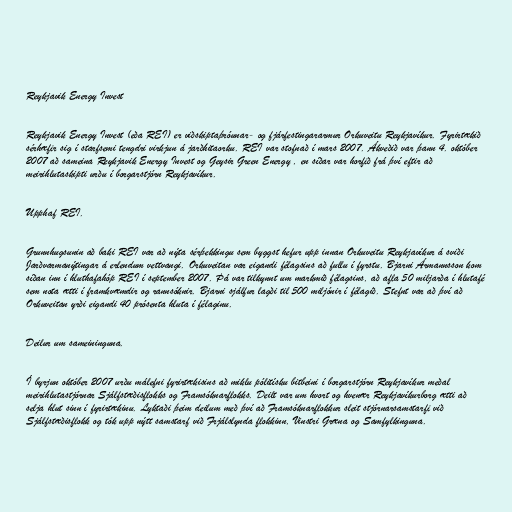
Reykjavik Energy Invest

Reykjavik Energy Invest (eða REI) er viðskiptaþróunar- og fjárfestingararmur Orkuveitu Reykjavíkur. Fyrirtækið
sérhæfir sig í starfsemi tengdri virkjun á jarðhitaorku. REI var stofnað í mars 2007. Ákveðið var þann 4. október
2007 að sameina Reykjavik Energy Invest og Geysir Green Energy , en síðar var horfið frá því eftir að
meirihlutaskipti urðu í borgarstjórn Reykjavíkur.

Upphaf REI.

Grunnhugsunin að baki REI var að nýta sérþekkingu sem byggst hefur upp innan Orkuveitu Reykjavíkur á sviði
Jarðvarmanýtingar á erlendum vettvangi. Orkuveitan var eigandi félagsins að fullu í fyrstu. Bjarni Ármannsson kom
síðan inn í hluthafahóp REI í september 2007. Þá var tilkynnt um markmið félagsins, að afla 50 miljarða í hlutafé
sem nota ætti í framkvæmdir og rannsóknir. Bjarni sjálfur lagði til 500 miljónir í félagið. Stefnt var að því að
Orkuveitan yrði eigandi 40 prósenta hluta í félaginu.

Deilur um sameininguna.

Í byrjun október 2007 urðu málefni fyrirtækisins að miklu pólitísku bitbeini í borgarstjórn Reykjavíkur meðal
meirihlutastjórnar Sjálfstæðisflokks og Framsóknarflokks. Deilt var um hvort og hvenær Reykjavíkurborg ætti að
selja hlut sinn í fyrirtækinu. Lyktaði þeim deilum með því að Framsóknarflokkur sleit stjórnarsamstarfi við
Sjálfstæðisflokk og tók upp nýtt samstarf við Frjálslynda flokkinn, Vinstri Græna og Samfylkinguna.